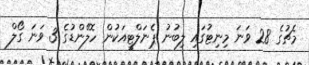
މެޗުގެ 28 ވަނަ މިނިޓުގައި ލިބުނު ޕެނަލްޓީއަކުން ހޮލޭންޑުގެ 3 ވަނަ ގޯލް